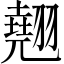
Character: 翹